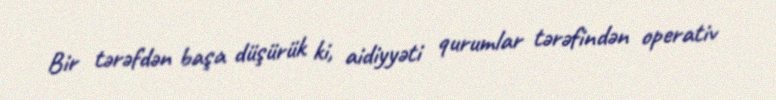
Bir tərəfdən başa düşürük ki, aidiyyəti qurumlar tərəfindən operativ